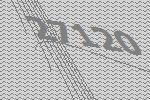
27120